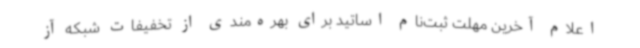
اعلام آخرین مهلت ثبت‌نام اساتید برای بهره‌مندی از تخفیفات شبکه آز